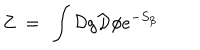
Z ~ = ~ \int { \cal D } g { \cal D } \phi e ^ { - S _ { \beta } }